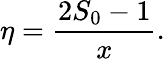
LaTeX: \eta=\frac{2S_{0}-1}{x}.